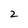
Character: 2